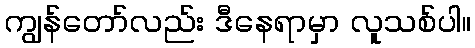
ကျွန်တော်လည်း ဒီနေရာမှာ လူသစ်ပါ။